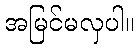
အမြင်မလှပါ။